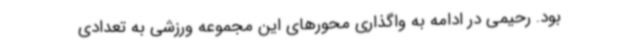
بود. رحیمی در ادامه به واگذاری محورهای این مجموعه ورزشی به تعدادی